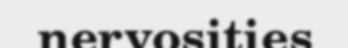
nervosities